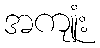
အကျုံး